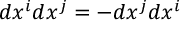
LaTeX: d x ^ { i } d x ^ { j } = - d x ^ { j } d x ^ { i }